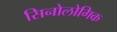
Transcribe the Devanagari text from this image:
सिनोलोगिक